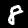
Digit: 8